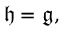
{ \mathfrak { h } } = { \mathfrak { g } } ,